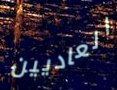
العاديين